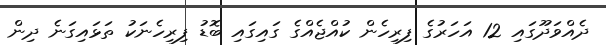
ދެއްވަދޫގައި 12 އަހަރުގެ ފިރިހެން ކުއްޖެއްގެ ގައިގައި ބޮޑު ފިރިހެނަކު ތަޅައިގަނެ ދިން